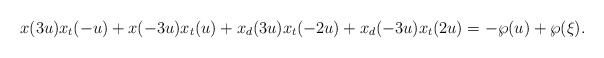
\begin{align*}x(3u)x_t(-u)+x(-3u)x_t(u)+x_d(3u)x_t(-2u)+x_d(-3u)x_t(2u) =-\wp(u)+\wp(\xi). \end{align*}